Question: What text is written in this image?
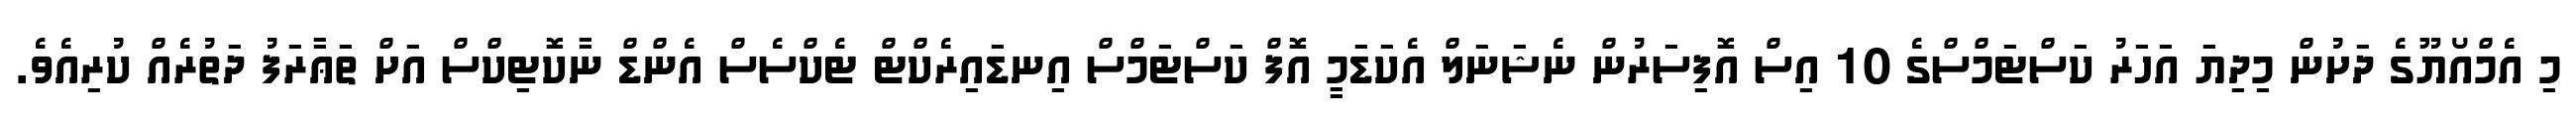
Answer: މި އެމްއޯޔޫގެ ދަށުން މިދިޔަ އަހަރު ކަސްޓަމްސްގެ 10 އިސް އޮފިސަރުން ނެޝަނަލް އެކަޑަމީ އޮފް ކަސްޓަމްސް އިނޑައިރެކްޓް ޓެކްސެސް އެންޑް ނާކޮޓިކްސް އަށް ތަޢާރަފު ދަތުރެއް ކުރިއެވެ.